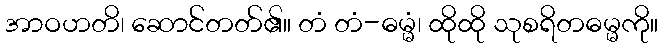
အာဝဟတိ၊ ဆောင်တတ်၏။ တံ တံ-ဓမ္မံ၊ ထိုထို သုစရိတဓမ္မကို။